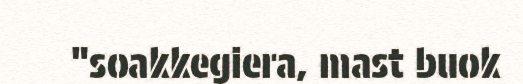
"soakkegiera, mast buok